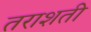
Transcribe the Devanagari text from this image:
तराशती